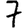
Digit: 7